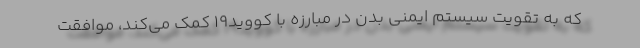
که به تقویت سیستم ایمنی بدن در مبارزه با کووید۱۹ کمک می‌کند، موافقت